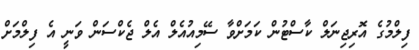
ފިލްމުގެ އޮރިޖިނަލް ކާސްޓުން ކަމަށްވާ ސޭމިއުއެލް އެލް ޖެކްސަން ވަނީ އެ ފިލްމަށް